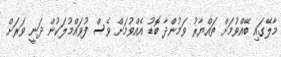
މާލޭގައި ބޭއްވުމަށް ތައްޔާރު ވަމުންދާ ބޮޑު އެއްވުމަށް ވެސް ފުވައްމުލަކުން ދަނީ ވަރަށް